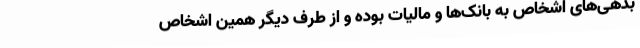
بدهی‌های اشخاص به بانک‌ها و مالیات بوده و از طرف دیگر همین اشخاص